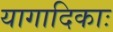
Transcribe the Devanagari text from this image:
यागादिकाः